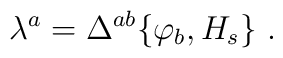
\lambda ^a =\Delta ^{ab}\{\varphi _b,H_s\}\ .